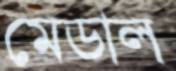
মেডাল